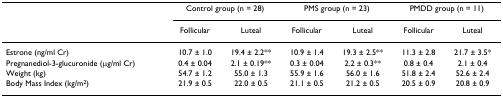
<table><thead><tr><td></td><td colspan="2"><b>Control group (n = 28)</b></td><td colspan="2"><b>PMS group (n = 23)</b></td><td colspan="2"><b>PMDD group (n = 11)</b></td></tr><tr><td></td><td><b>Follicular</b></td><td><b>Luteal</b></td><td><b>Follicular</b></td><td><b>Luteal</b></td><td><b>Follicular</b></td><td><b>Luteal</b></td></tr></thead><tbody><tr><td>Estrone (ng/ml Cr)</td><td>10.7 ± 1.0</td><td>19.4 ± 2.2**</td><td>10.9 ± 1.4</td><td>19.3 ± 2.5**</td><td>11.3 ± 2.8</td><td>21.7 ± 3.5*</td></tr><tr><td>Pregnanediol-3-glucuronide (μg/ml Cr)</td><td>0.4 ± 0.04</td><td>2.1 ± 0.19**</td><td>0.3 ± 0.04</td><td>2.2 ± 0.3**</td><td>0.8 ± 0.4</td><td>2.1 ± 0.4</td></tr><tr><td>Weight (kg)</td><td>54.7 ± 1.2</td><td>55.0 ± 1.3</td><td>55.9 ± 1.6</td><td>56.0 ± 1.6</td><td>51.8 ± 2.4</td><td>52.6 ± 2.4</td></tr><tr><td>Body Mass Index (kg/m<sup>2</sup>)</td><td>21.9 ± 0.5</td><td>22.0 ± 0.5</td><td>21.1 ± 0.5</td><td>21.2 ± 0.5</td><td>20.5 ± 0.9</td><td>20.8 ± 0.9</td></tr></tbody></table>